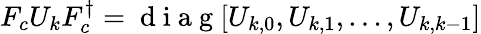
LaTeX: F_{c}U_{k}F_{c}^{\dagger}=\mathrm{~d~i~a~g~}[U_{k,0},U_{k,1},...,U_{k,k-1}]